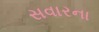
સવારના